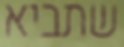
שתביא